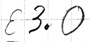
Text: E3.0